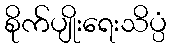
စိုက်ပျိုးရေးသိပ္ပံ